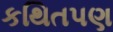
કથિતપણ